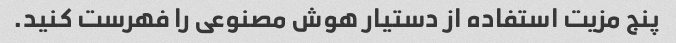
پنج مزیت استفاده از دستیار هوش مصنوعی را فهرست کنید.